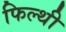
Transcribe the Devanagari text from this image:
फिल्थी